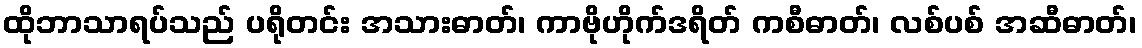
ထိုဘာသာရပ်သည် ပရိုတင်း အသားဓာတ်၊ ကာဗိုဟိုက်ဒရိတ် ကစီဓာတ်၊ လစ်ပစ် အဆီဓာတ်၊